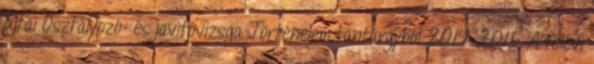
újtai Osztályozó- és javítóvizsga Történelem tantárgyból 2014-2015 A félévi